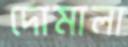
দোমালা